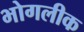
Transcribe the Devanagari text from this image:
भोगलीक